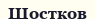
Шостков